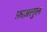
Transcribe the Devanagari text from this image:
फ़ज़लुल